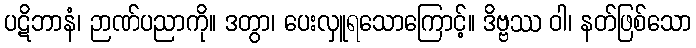
ပဋိဘာနံ၊ ဉာဏ်ပညာကို။ ဒတွာ၊ ပေးလှူရသောကြောင့်။ ဒိဗ္ဗဿ ဝါ၊ နတ်ဖြစ်သော